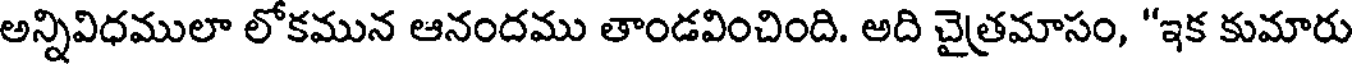
అన్నివిధములా లోకమున ఆనందము తాండవించింది. అది చైత్రమాసం, "ఇక కుమారు